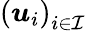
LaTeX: \left(\boldsymbol{u}_{i}\right)_{i\in\mathcal{I}}